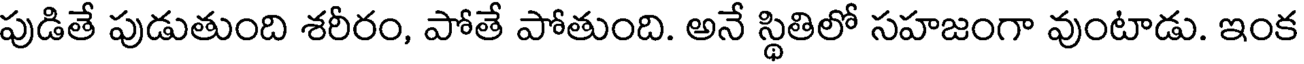
పుడితే పుడుతుంది శరీరం, పోతే పోతుంది. అనే స్థితిలో సహజంగా వుంటాడు. ఇంక